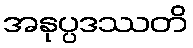
အနုပ္ပဒဿတိ